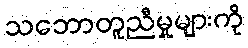
သဘောတူညီမှုများကို